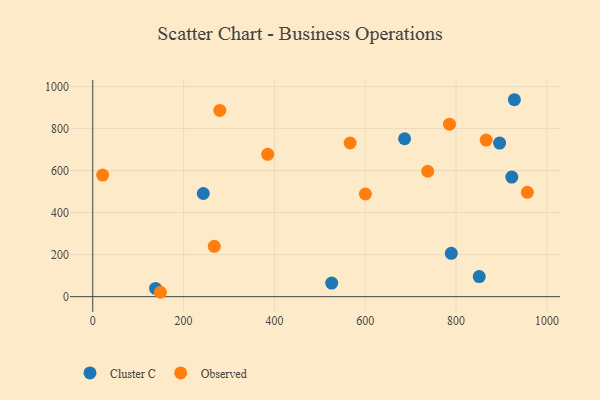
{"axis": {"x": "Ad Spend", "y": "Profit"}, "legend": ["Cluster C", "Observed"], "data": [{"x": "922.6", "y": 569.0, "type": "Cluster C"}, {"x": "895.8", "y": 730.9, "type": "Cluster C"}, {"x": "243.4", "y": 490.8, "type": "Cluster C"}, {"x": "850.9", "y": 95.7, "type": "Cluster C"}, {"x": "789.4", "y": 206.0, "type": "Cluster C"}, {"x": "138.3", "y": 39.0, "type": "Cluster C"}, {"x": "686.6", "y": 751.4, "type": "Cluster C"}, {"x": "526.1", "y": 64.5, "type": "Cluster C"}, {"x": "928.3", "y": 937.0, "type": "Cluster C"}, {"x": "149.0", "y": 20.9, "type": "Observed"}, {"x": "737.5", "y": 596.7, "type": "Observed"}, {"x": "785.5", "y": 820.6, "type": "Observed"}, {"x": "21.8", "y": 578.3, "type": "Observed"}, {"x": "600.3", "y": 488.4, "type": "Observed"}, {"x": "279.8", "y": 886.2, "type": "Observed"}, {"x": "267.6", "y": 239.5, "type": "Observed"}, {"x": "566.7", "y": 731.1, "type": "Observed"}, {"x": "385.1", "y": 677.4, "type": "Observed"}, {"x": "956.9", "y": 496.5, "type": "Observed"}, {"x": "866.2", "y": 745.1, "type": "Observed"}]}